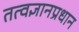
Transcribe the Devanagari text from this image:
तत्वज्ञानप्रधान